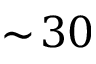
\sim \! 3 0